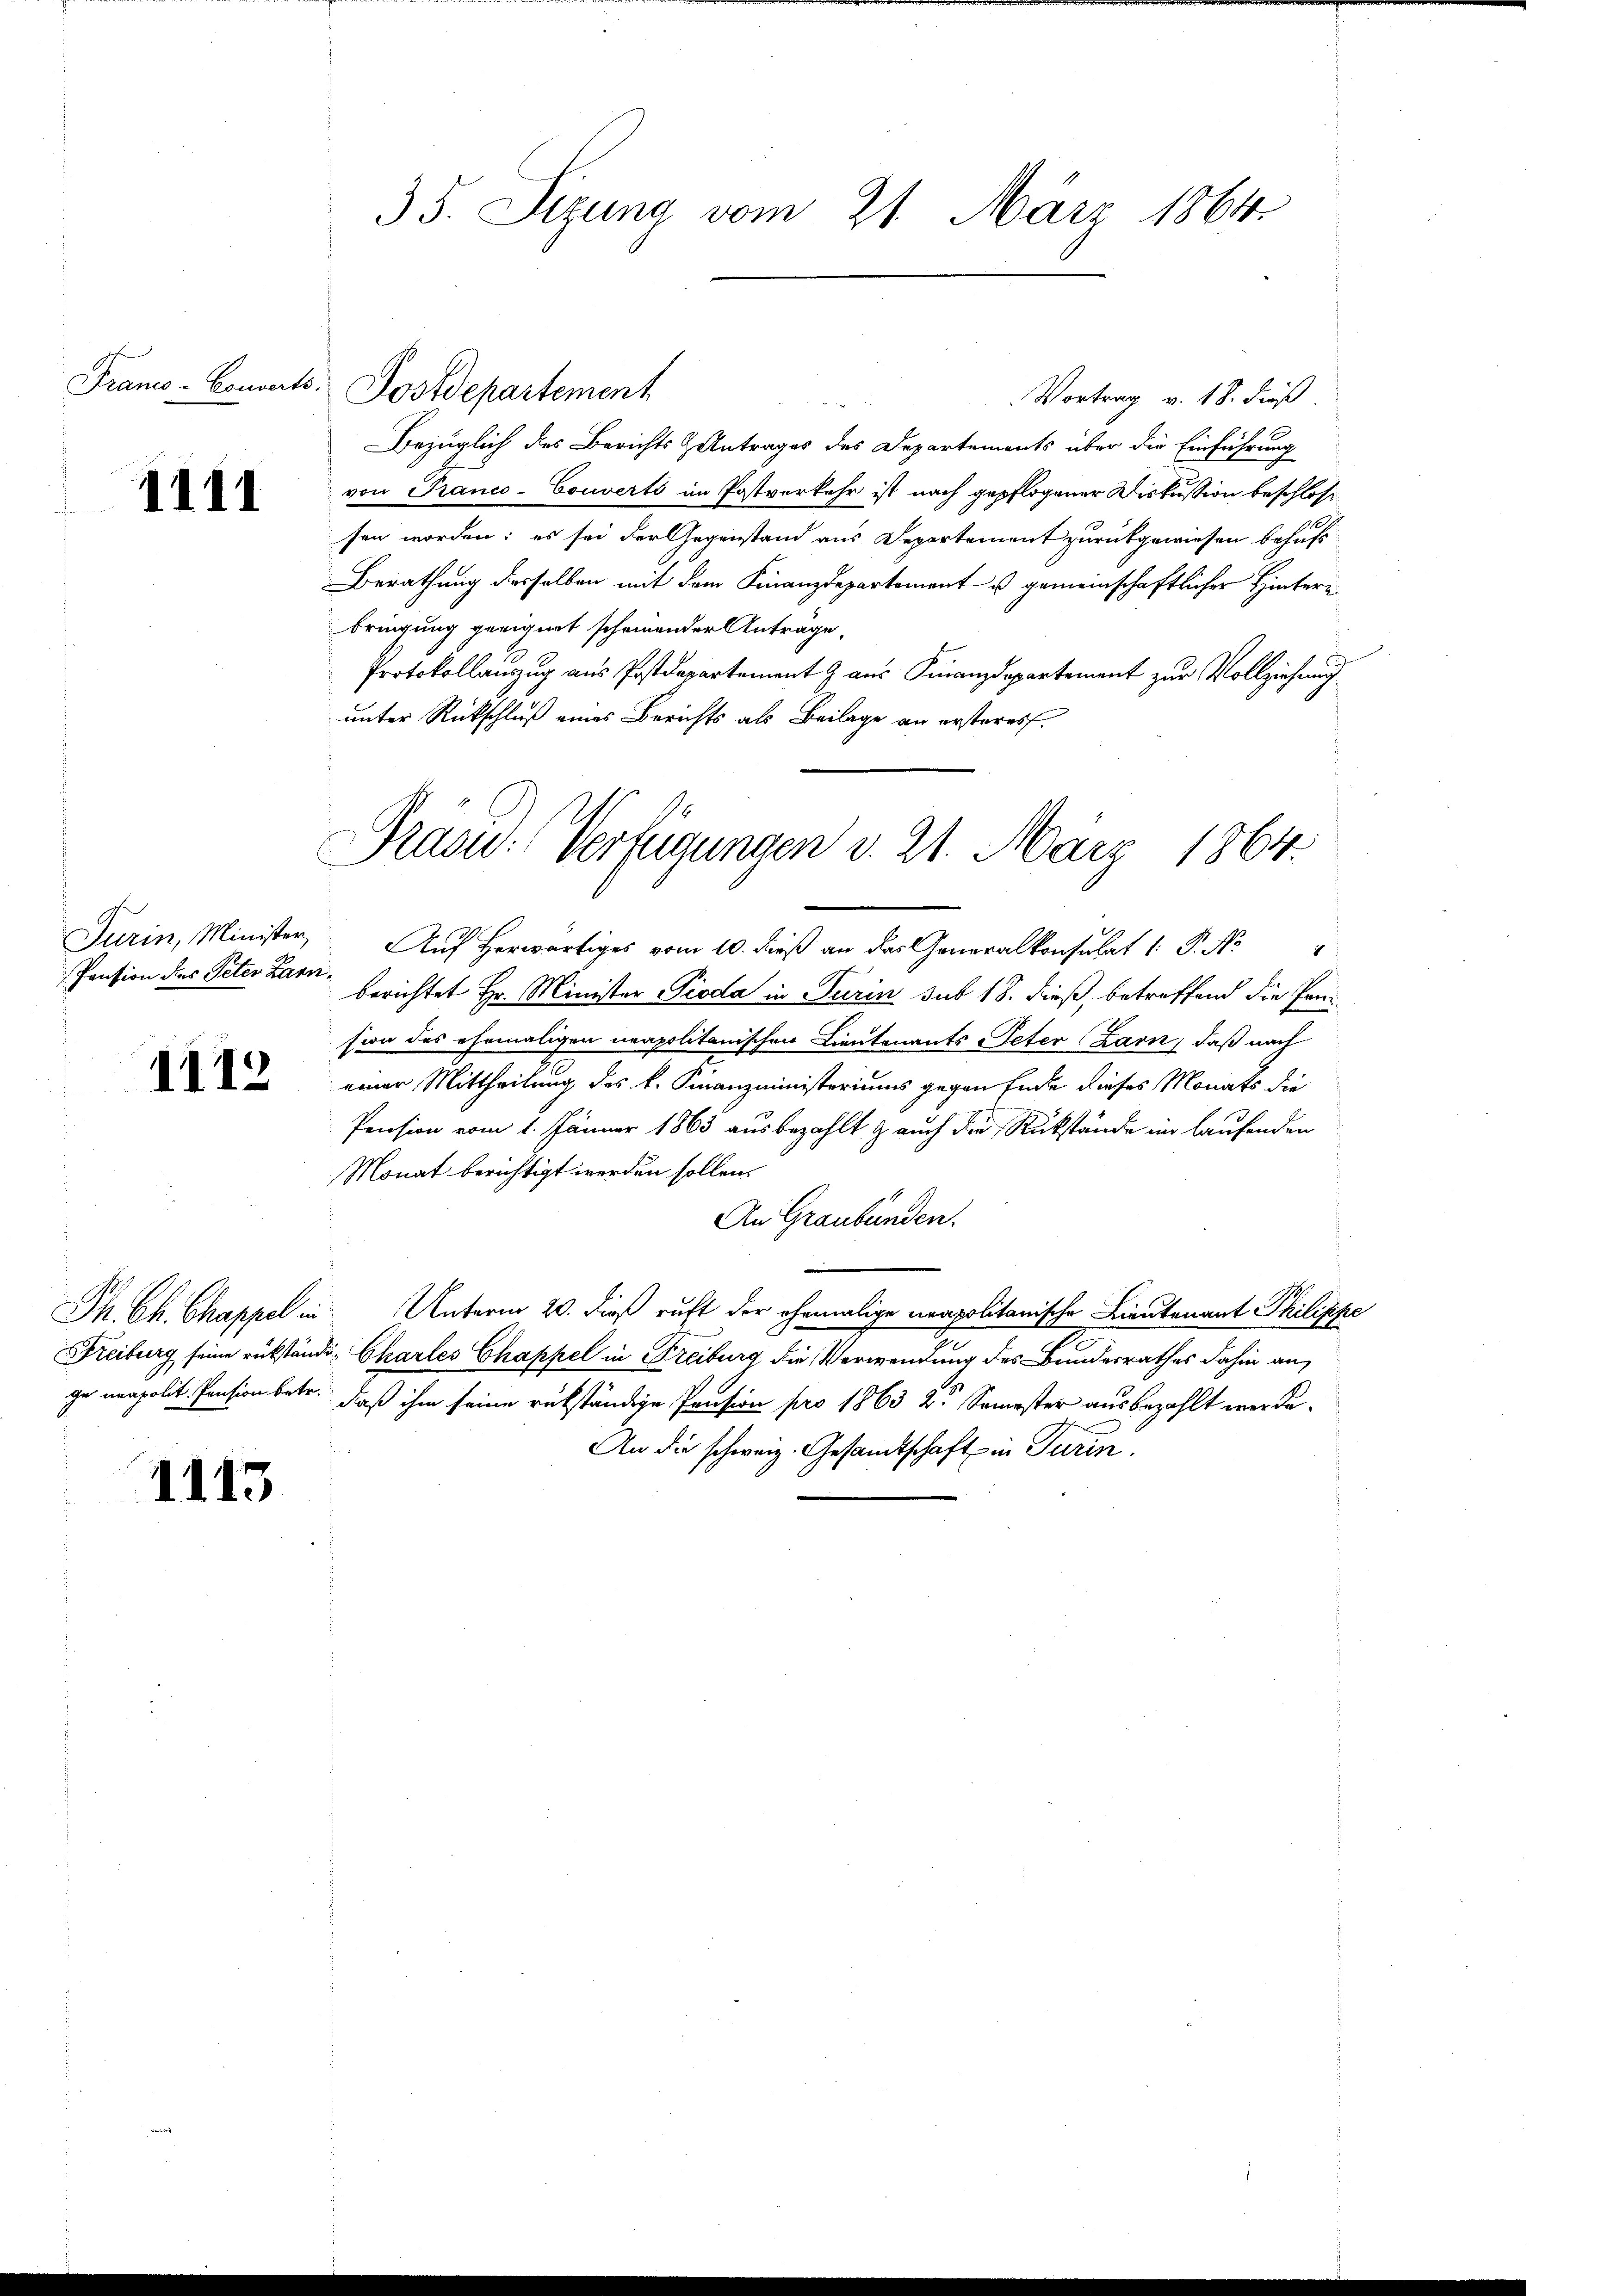
Franco-Couverts.

1111

Pension des Peter Zarn¬

1112

1113

35. Sizung vom 21. März 1864.

Postdepartement
Vortrag v. 18. dieß.
Bezüglich des Berichts & Antrages des Departements über die Einführung
von Tranco-Couverts im Postverkehr ist nach gepflogener Diskussion beschlossen worden; es sei der Gegenstand aus Departement zurückgewiesen behufs
Berathung desselben mit dem Finanzdepartement u. gemeinschaftlicher Hinteribringung geeignet scheinender Anträge,
Protokollauszug aus Postdepartement & aus Finanzdepartement zur Vollziehung
unter Rückschluß eines Berichts als Beilage an ersteres.
Turin, Minister Aŭf herwärts vom 10. dieβ an das Generalkonsulat 1. P. No
berichtet Hr. Minister Pioda in Turin sub 18. dieß, betreffend die Presion des ehemaligen neapolitanischen Lieutenants-Peter Zarn, daß nach
einer Mittheilung des k. Finanzministeriums gegen Ende dieses Monats die
Pension vom 1. Jänner 1863 ausbezahlt & auch die Rückstände im laufenden
Monat berichtigt werden sollen.
An Graubünden.
Ph. Ch. Chappel in Unterm 20. dieß ruft der ehemalige neapolitanische Lieutenant Philippe
Freiburg seine rükständi- Charles Chappel in Freiburg die Verwendung des Bundesrathes dahin an,
ge neapolit. Pension betr. daß ihm seine rükständige Pension pro 1863 2 Semester ausbezahlt werde.
An die schweiz. Gesandtschaft in Turin.

Pras-Verfügungen d. 21. März 1864.